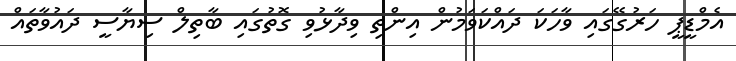
އެމްޑީޕީ ހަރުގޭގައި ވާހަކަ ދައްކަވަމުން އިންތި ވިދާޅުވި ގޮތުގައި ބާތިލް ސިޔާސީ ދައުވާތައް